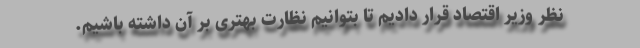
نظر وزیر اقتصاد قرار دادیم تا بتوانیم نظارت بهتری بر آن داشته باشیم.